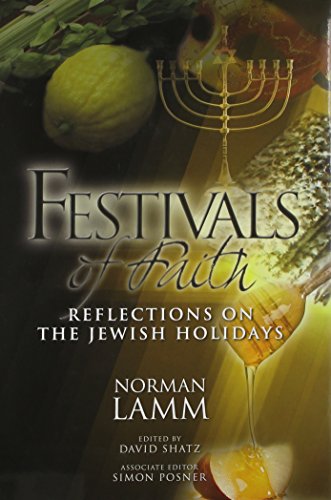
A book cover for Festivals of Faith: Reflections on the Jewish Holidays; Norman Lamm; Religion & Spirituality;